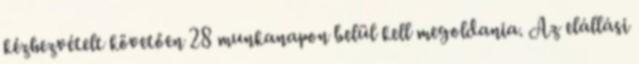
kézhezvételt követően 28 munkanapon belül kell megoldania. Az elállási